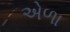
એળા